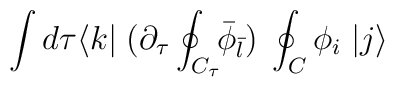
\int d \tau \langle k | \; ( \partial_{\tau} \oint_{C_{\tau}} \!\! {\bar \phi}_{\bar l}) \; \oint_C \phi_i \; |j \rangle